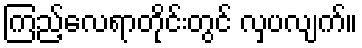
ကြည့်လေရာတိုင်းတွင် လှပလျက်။